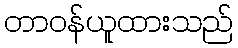
တာဝန်ယူထားသည်